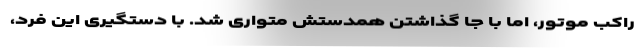
راکب موتور، اما با جا گذاشتن همدستش متواری شد. با دستگیری این فرد،